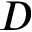
D